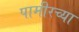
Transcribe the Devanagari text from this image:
पामीरच्या